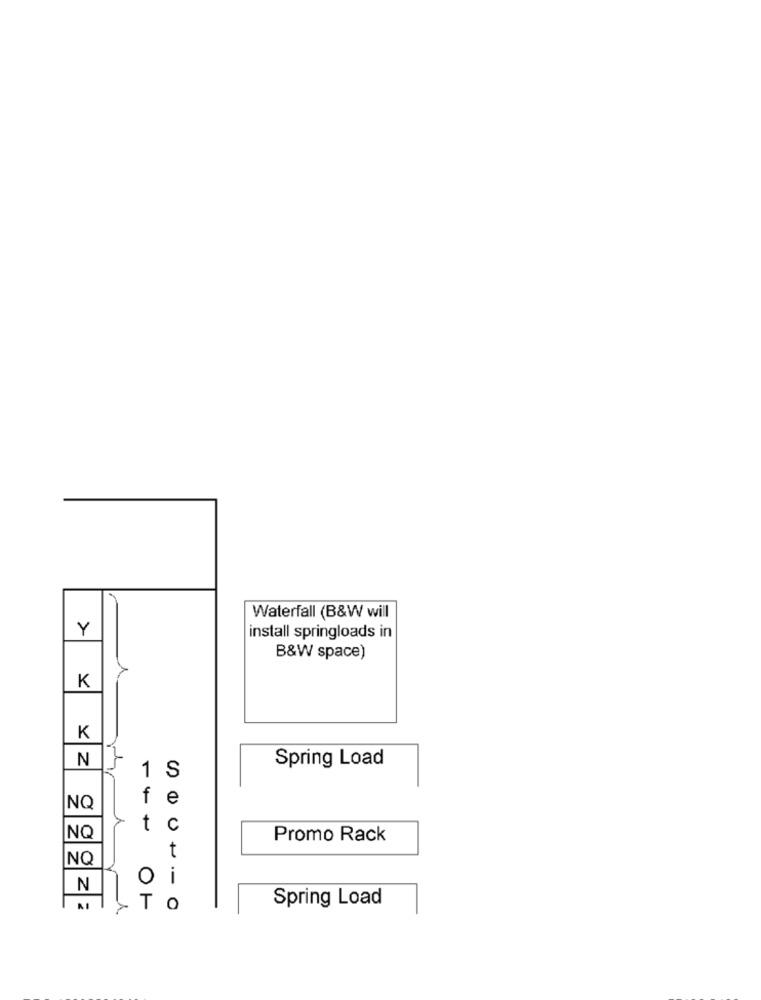
Waterfall (B&W will
Y
install springloads in
B&W space)
K
K
N
Spring Load
1 S
f
e
NO
t
C
NQ
Promo Rack
t
NO
oi
N
Spring Load
To